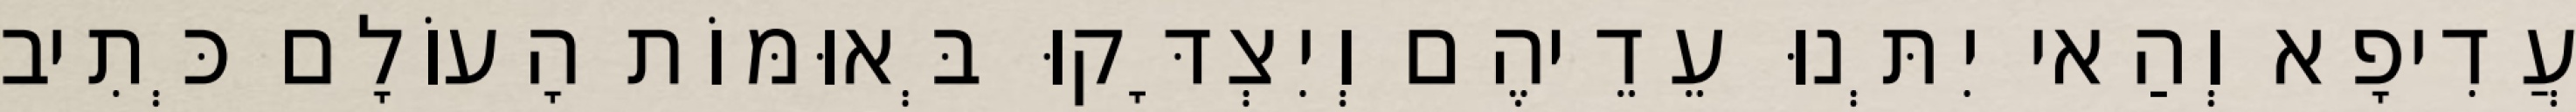
עֲדִיפָא וְהַאי יִתְּנוּ עֵדֵיהֶם וְיִצְדָּקוּ בְּאוּמּוֹת הָעוֹלָם כְּתִיב